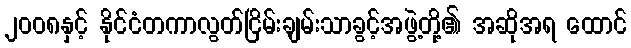
၂၀၀၈နှင့် နိုင်ငံတကာလွတ်ငြိမ်းချမ်းသာခွင့်အဖွဲ့တို့၏ အဆိုအရ ထောင်